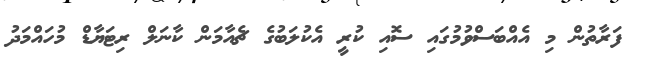
ފަރާތުން މި އެއްބަސްވުމުގައި ސޮއި ކުރީ އެކުލަބުގެ ޗެއާމަން ކާނަލް ރިޓަޔާޑް މުހައްމަދު